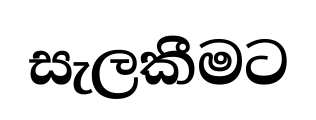
සැලකීමට